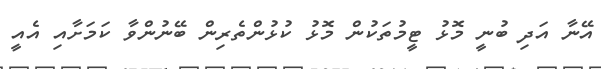
އޭނާ އަދި ބުނީ މޮޅު ޓީމުތަކުން މޮޅު ކުޅުންތެރިން ބޭނުންވާ ކަމަށާއި އެއީ